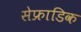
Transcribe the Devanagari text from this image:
सेफ्राडिक